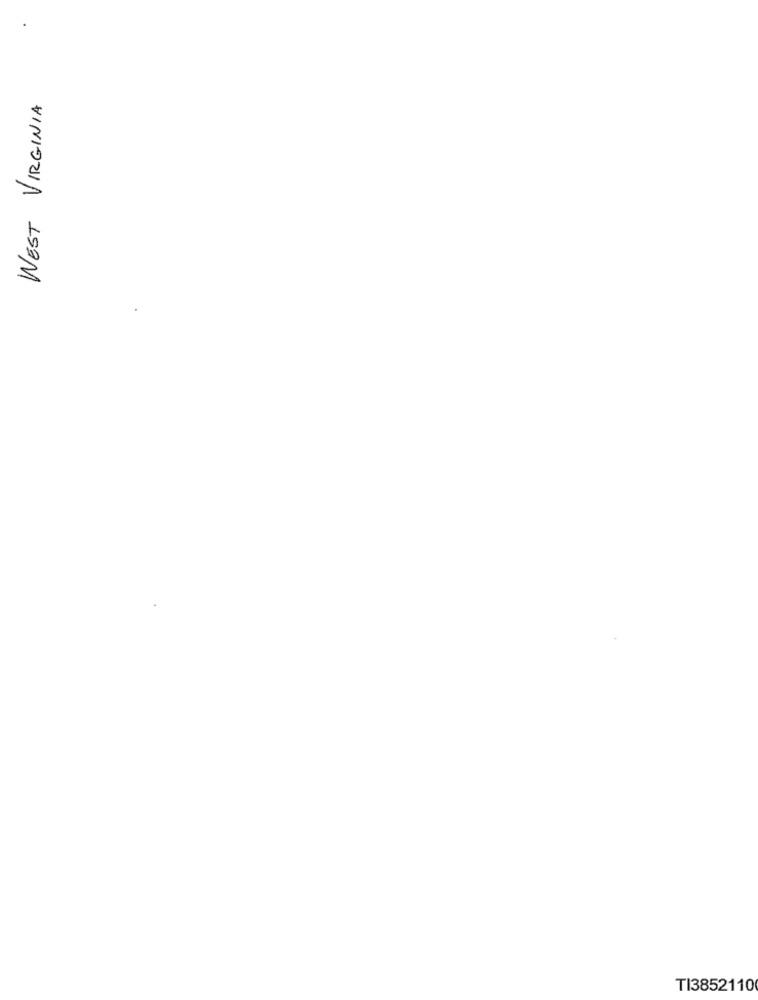
WEST VIRGINIA
TI3852110